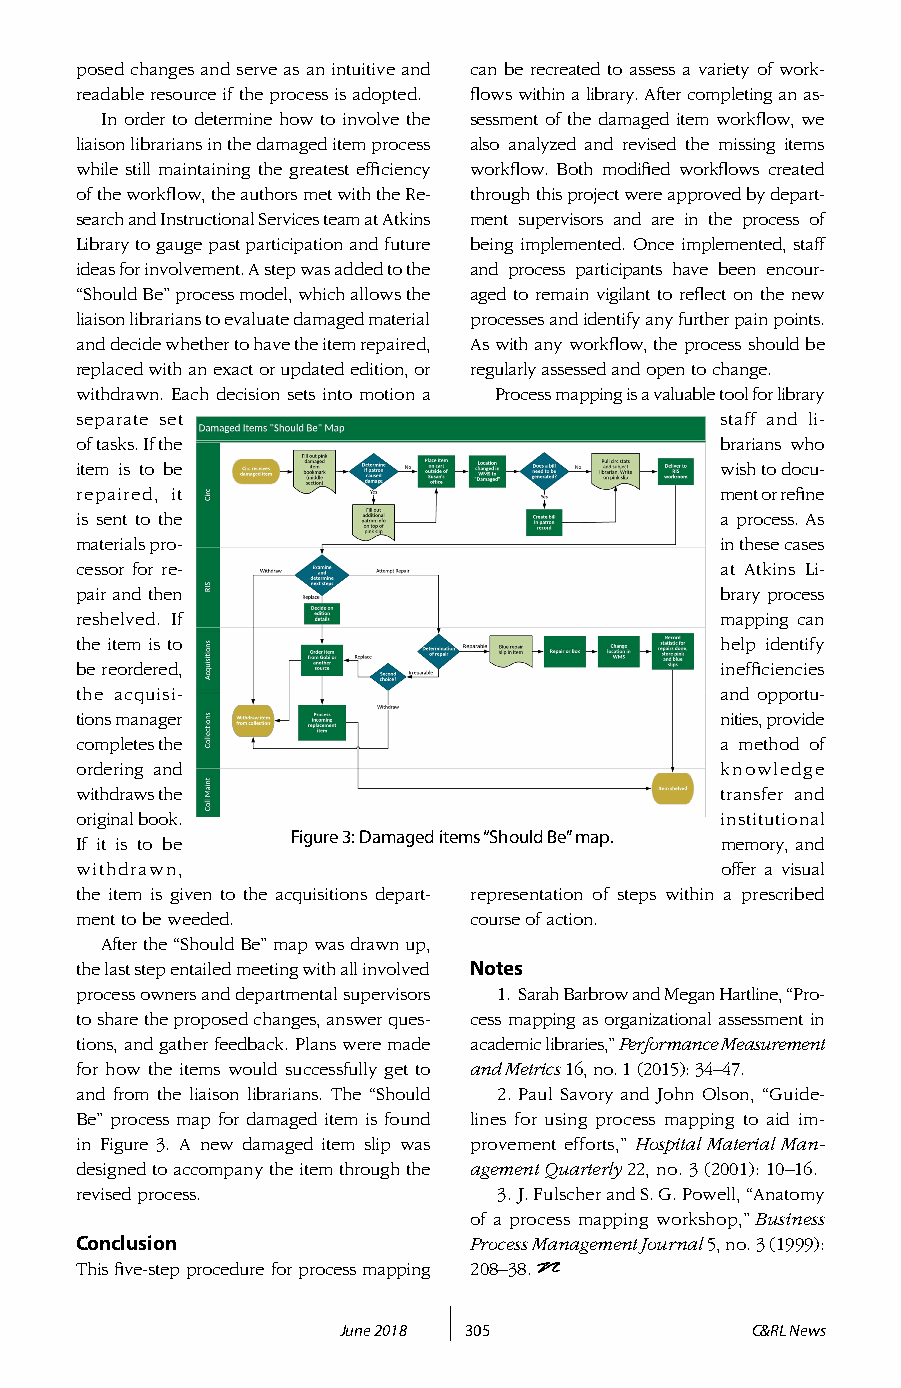
posed changes and serve as an intuitive and can be recreated to assess a variety of work-
 readable resource if the process is adopted. flows within a library. After completing an as-
 In order to determine how to involve the sessment of the damaged item workflow, we
 liaison librarians in the damaged item process also analyzed and revised the missing items
 while still maintaining the greatest efficiency workflow. Both modified workflows created
 of the workflow, the authors met with the Re- through this project were approved by depart-
 search and Instructional Services team at Atkins ment supervisors and are in the process of
 Library to gauge past participation and future being implemented. Once implemented, staff
 ideas for involvement. A step was added to the and process participants have been encour-
 “Should Be” process model, which allows the aged to remain vigilant to reflect on the new
 liaison librarians to evaluate damaged material processes and identify any further pain points.
 and decide whether to have the item repaired, As with any workflow, the process should be
 replaced with an exact or updated edition, or regularly assessed and open to change.
 withdrawn. Each decision sets into motion a Process mapping is a valuable tool for library
 separate set                               staff and li-
 of tasks. If the                           brarians who
 item is to be                              wish to docu-
 repaired, it                               ment or refine
 is sent to the                             a process. As
 materials pro-                             in these cases
 cessor for re-                             at Atkins Li-
 pair and then                              brary process
 reshelved. If                              mapping can
 the item is to                             help identify
 be reordered,                              inefficiencies
 the acquisi-                               and opportu-
 tions manager                              nities, provide
 completes the                              a method of
 ordering and                               knowledge
 withdraws the                              transfer and
 original book.                             institutional
 If it is to be
 Figure 3: Damaged items “Should Be” map.
 memory, and
 withdrawn,                                 offer a visual
 the item is given to the acquisitions depart- representation of steps within a prescribed
 ment to be weeded.        course of action.
 After the “Should Be” map was drawn up,
 the last step entailed meeting with all involved Notes
 process owners and departmental supervisors 1. Sarah Barbrow and Megan Hartline, “Pro-
 to share the proposed changes, answer ques- cess mapping as organizational assessment in
 tions, and gather feedback. Plans were made academic libraries,” Performance Measurement
 for how the items would successfully get to and Metrics 16, no. 1 (2015): 34–47.
 and from the liaison librarians. The “Should 2. Paul Savory and John Olson, “Guide-
 Be” process map for damaged item is found lines for using process mapping to aid im-
 in Figure 3. A new damaged item slip was provement efforts,” Hospital Material Man-
 designed to accompany the item through the agement Quarterly 22, no. 3 (2001): 10–16.
 revised process.            3. J. Fulscher and S. G. Powell, “Anatomy
 of a process mapping workshop,” Business
 Conclusion                Process Management Journal 5, no. 3 (1999):
 This five-step procedure for process mapping 208–38.
 June 2018 305               C&RL News